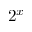
2 ^ { x }